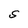
Character: S